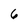
Character: 6